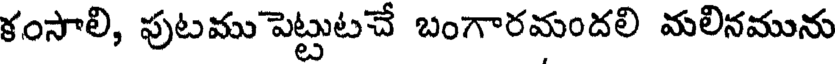
కంసాలి, పుటము పెట్టుటచే బంగారమందలి మలినమును